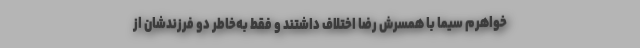
خواهرم سیما با همسرش رضا اختلاف داشتند و فقط به‌خاطر دو فرزندشان از